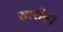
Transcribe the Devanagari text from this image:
खरीद।